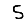
Digit: 5